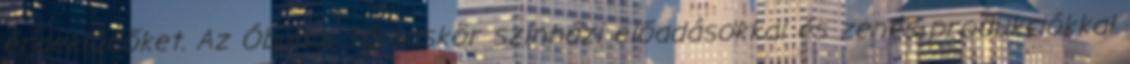
érdeklődőket. Az Óbudai Társaskör színházi előadásokkal és zenés produkciókkal